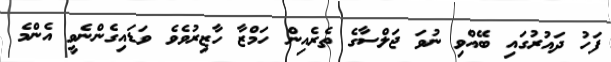
ފަހު ދައުރުގައި ބޭއްވި ނުވަ ޖަލްސާގެ ތެރެއިން ހަމްޒާ ހާޒިރުވެވެ ވަޑައިގެންނެވީ އެންމެ